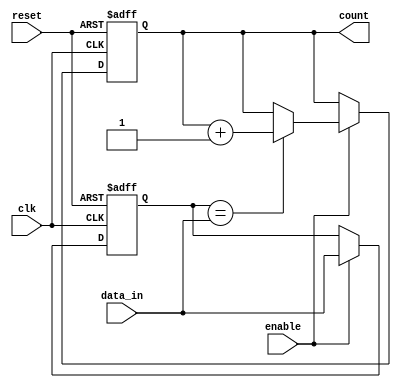
//A series of 8-bit words are checked to whether any two consecutive values are the same, and if found are tallied
//Last word is held in the register and compared with the first word of the next series

module sim_sample (clk, reset, data_in, enable, count);

    input clk;
    input reset;
    input [7:0] data_in;
    input enable;
    
    output [9:0] count;
    reg [9:0] count;

    reg[7:0] data_im;   //Intermediate data save

    always @ (posedge clk or posedge reset)
        begin
            if (reset)
                begin
                    data_im <= 8'h00;
                    count <= 10'd0;
                end
            else if (enable)
                begin
                    if (data_im == data_in)
                        count <= count + 1;
                    data_im <= data_in;
                end
        end

endmodule